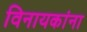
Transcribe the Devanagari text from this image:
विनायकांना